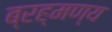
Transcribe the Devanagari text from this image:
ब्रह्मण्य